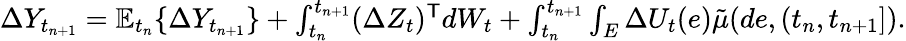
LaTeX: \begin{array}{r}{\begin{array}{r}{\Delta Y_{t_{n+1}}=\mathbb{E}_{t_{n}}\{ \Delta Y_{t_{n+1}}\} +\int_{t_{n}}^{t_{n+1}}(\Delta Z_{t})^{\mathsf{T}}dW_{t}+\int_{t_{n}}^{t_{n+1}}\int_{E}\Delta U_{t}(e)\tilde{\mu}(de,(t_{n},t_{n+1}]).}\end{array}}\end{array}